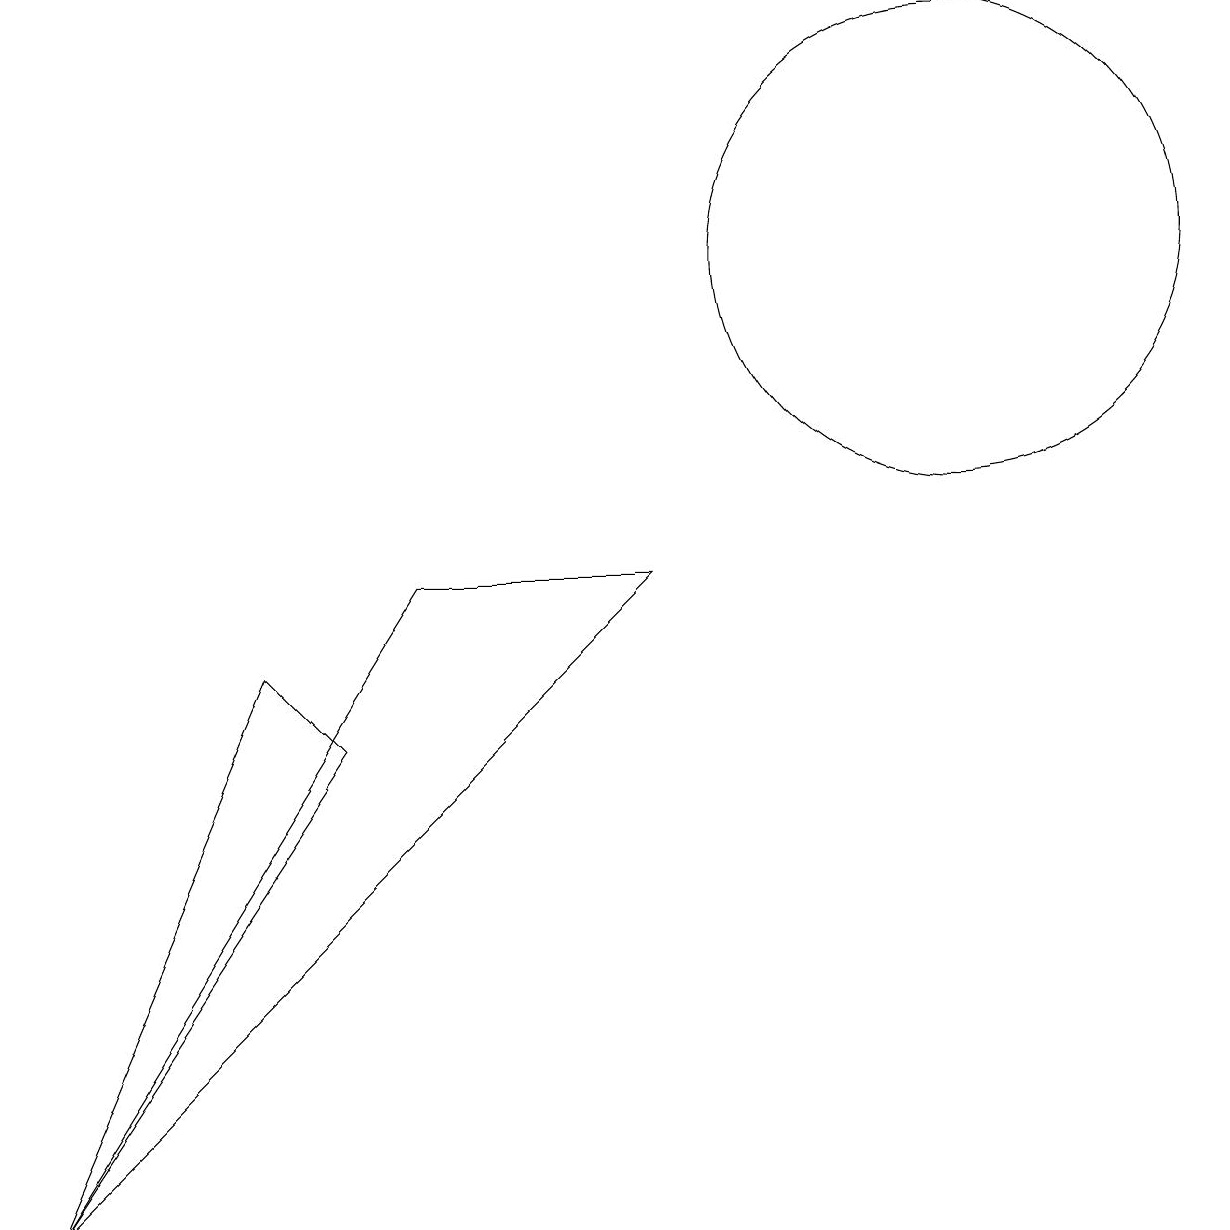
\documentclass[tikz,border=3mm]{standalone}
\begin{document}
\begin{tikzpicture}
\draw (12,12) circle (3);
\draw (0,0) -- (5,8) -- (8,8) -- cycle;
\draw (4,6) -- (3,7) -- (0,0) -- cycle;
\draw (11,10) circle (0);
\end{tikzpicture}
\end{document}